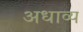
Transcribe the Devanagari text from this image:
अधाव्य